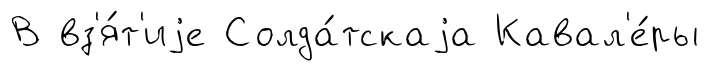
В вз'я́т'иjе Солда́тскаjа Кавал'е́ры